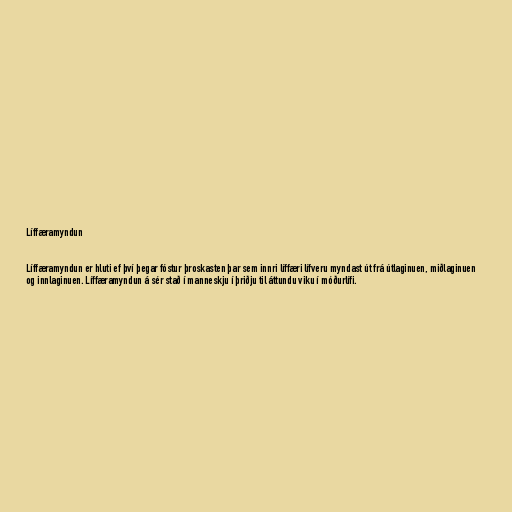
Líffæramyndun

Líffæramyndun er hluti ef því þegar fóstur þroskasten þar sem innri líffæri lífveru myndast út frá útlaginuen, miðlaginuen
og innlaginuen. Líffæramyndun á sér stað í manneskju í þriðju til áttundu viku í móðurlífi.